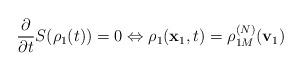
LaTeX: \begin{align*}\frac{\partial }{\partial t}S(\rho _{1}(t))=0\Leftrightarrow \rho _{1}(\mathbf{x}_{1},t)=\rho _{1M}^{(N)}(\mathbf{v}_{1}) \end{align*}